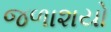
જળાશયો